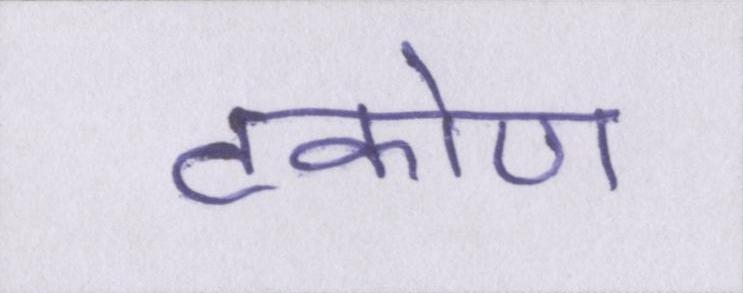
टकोण